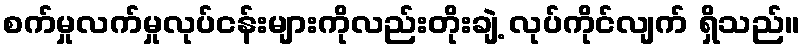
စက်မှုလက်မှုလုပ်ငန်းများကိုလည်းတိုးချဲ့ လုပ်ကိုင်လျက် ရှိသည်။